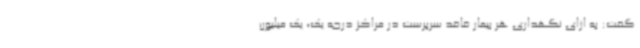
گفت: به ازای نگهداری هر بیمار فاقد سرپرست در مراکز درجه یک، یک میلیون